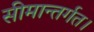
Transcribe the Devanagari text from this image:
सीमान्तर्गत।